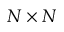
N \times N